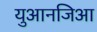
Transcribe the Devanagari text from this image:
युआनजिआ